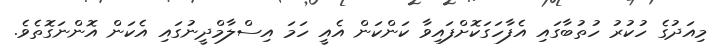
މިއަދުގެ ހުކުރު ހުތުބާގައި އެފާހަގަކޮށްފައިވާ ކަންކަން އެއީ ހަމަ އިސްލާމްދީނުގައި އެކަން އޮންނަގޮތެވެ.